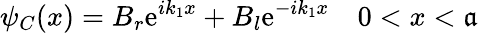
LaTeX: \psi_{C}(x)=B_{r}\mathrm{e}^{ik_{1}x}+B_{l}\mathrm{e}^{-ik_{1}x}\quad0<x<\mathfrak{a}